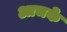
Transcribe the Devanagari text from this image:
आचके